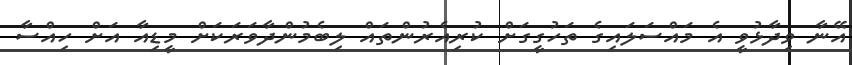
އޭނާ ވިދާޅުވީ އެ މައްސަލައިގެ ތަހުގީގަށް ކުރިއެރުންތައް ލިބެމުންދާވަރަކަށް މީޑިއާ އަށް ހިއްސާ